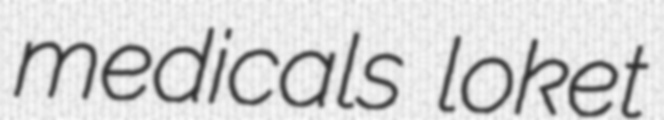
medicals loket